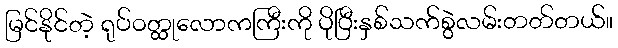
မြင်နိုင်တဲ့ ရုပ်ဝတ္ထုလောကကြီးကို ပိုပြီးနှစ်သက်စွဲလမ်းတတ်တယ်။